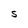
Character: S